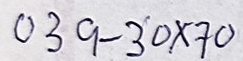
039 - 30 x 70